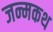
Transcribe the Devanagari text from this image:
जन्मकथ